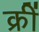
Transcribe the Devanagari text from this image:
क्रीं